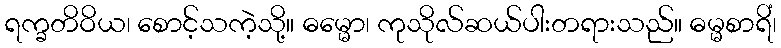
ရက္ခတိဝိယ၊ စောင့်သကဲ့သို့။ ဓမ္မော၊ ကုသိုလ်ဆယ်ပါးတရားသည်။ ဓမ္မစာရိံ၊